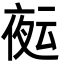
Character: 𭐻